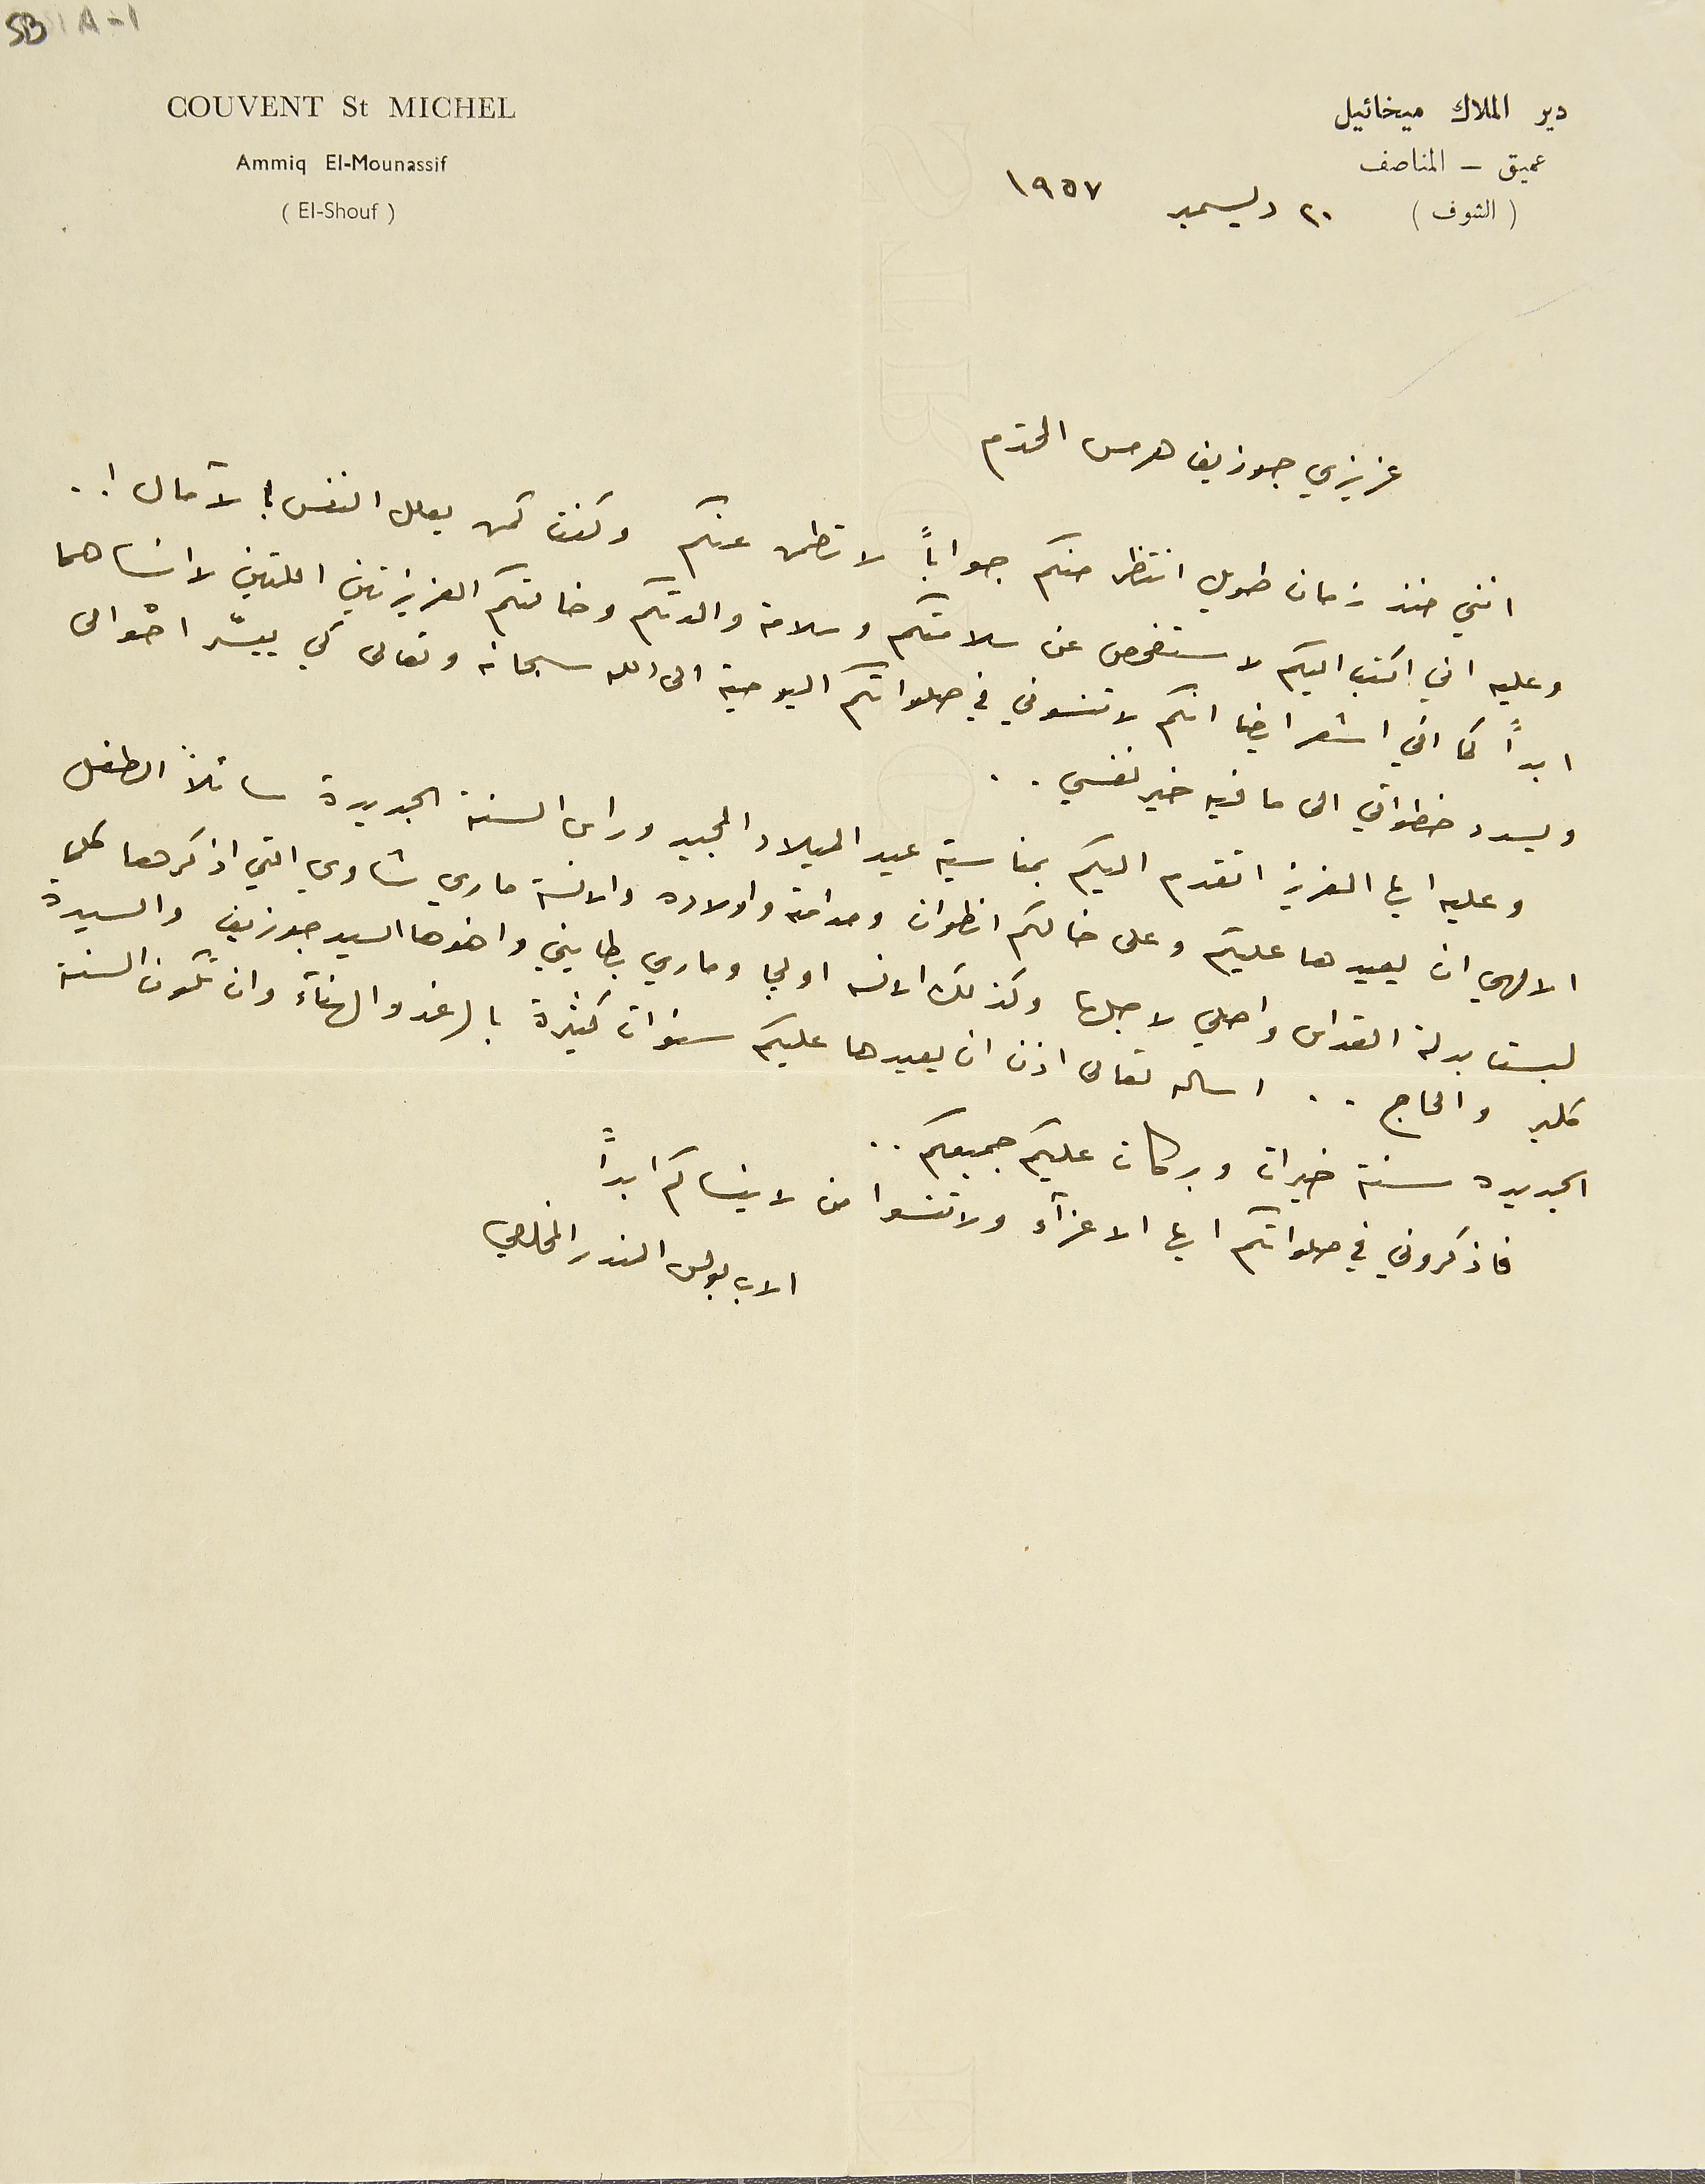
Couvent St Michel
دير الملاكِ ميخائيل
 Ammiq El-Mounassif
(El- Shouf)
(الشوف) ٢٠ ديسمبر ١٩٥٧
عزيزي جوزيف هرمس المحترم
انني منذ زمان طويل انتظر منكم جواباً لاتطمن عنكم وكنت كمن يعلل النفس بالآمال ! .
وعليه اني اكتب اليكم لاستفحص عن سلامتكم وسلامة والدتكم وخالتكم العزيزتين اللتين لا انساهما
ابداً كما اني اشعر ايضا انكم لا تنسوني في صلواتكم اليومية الى الله سبحانه وتعالى كي ييسّر احوالى
ويسدد خطواتي الى ما فيه خير نفسي..
وعليه ايها العزيز اتقدم اليكم بمناسبة عيد الميلاد المجيد وراس السنة الجديدة سائلاً الطفل
الالهي ان يعيدها عليكم وعلى خالكم انطوان ومدامته واولاده والانسة ماري شاوي التي اذكرها كلما
لبست بدلة القداس واصلي لاجلها وكذلك الانسه اولجا وماري بطايني واخوها السيد جوزيف والسيدة
كلير والحاج.. اساله تعالى اذن ان يعيدها عليكم سنوات كثيرة بالرغد والهناء وان تكون السنة
الجديدة سنة خيرات وبركات عليكم جميعكم..
فاذكروني في صلواتكم ايها الاعزاء ولاتنسوا من لاينساكم ابداً
الاب بولس المندر المخلصي
عميق - المناصف
SB1A-1